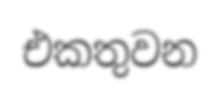
එකතුවන